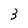
Character: 3